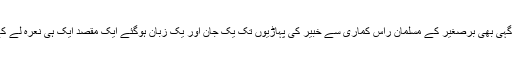
ہم راہ کے نشیب فراز کا ادراک بھی رکھتے ہیں اور منزل سے آگہی بھی برصغیر کے مسلمان راس کماری سے خبیر کی پہاڑیوں تک یک جان اور یک زبان ہوگئے ایک مقصد ایک ہی نعرہ لے کے رہیں گئے پاکستان بٹ کے رہے گا ہندوستان سنو بھائی سنو !